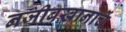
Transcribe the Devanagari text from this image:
नजीबखानाचें